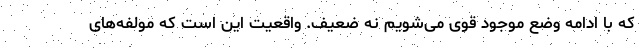
که با ادامه وضع موجود قوی می‌شویم نه ضعیف. واقعیت این است که مولفه‌های